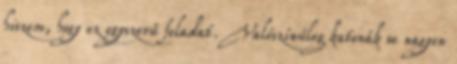
hiszem, hogy ez egyszerű feladat. Valószínűleg katonák se nagyon